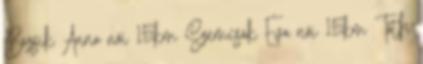
Bozsik Anna női 15km Szemcsák Éva női 15km Tóth